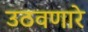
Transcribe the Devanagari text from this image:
उठवणारे